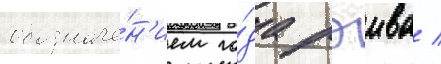
обозначе́н'ием го́да рэива /